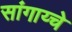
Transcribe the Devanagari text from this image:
सांगाय्चे